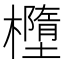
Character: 𣟁